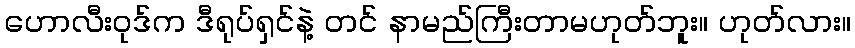
ဟောလီးဝုဒ်က ဒီရုပ်ရှင်နဲ့ တင် နာမည်ကြီးတာမဟုတ်ဘူး။ ဟုတ်လား။